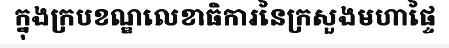
ក្នុងក្របខណ្ឌលេខាធិការនៃក្រសួងមហាផ្ទៃ